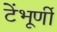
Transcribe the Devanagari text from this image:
टेंभूर्णी